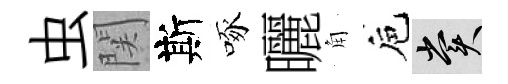
虫関斯啄曬角巵賞